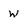
Character: w